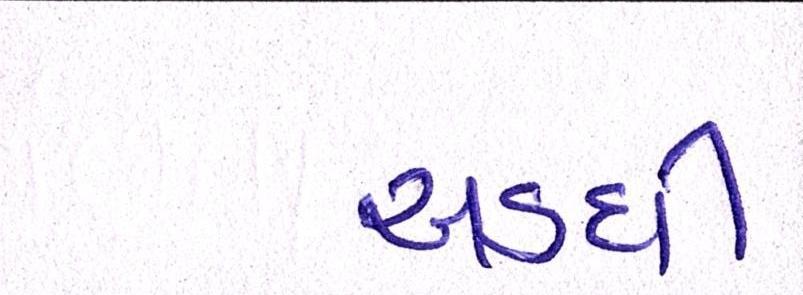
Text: અડધી